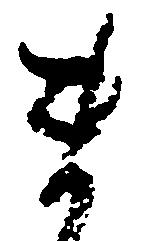
ま